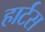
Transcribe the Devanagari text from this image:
हार्टस